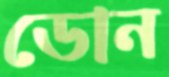
ডোন